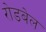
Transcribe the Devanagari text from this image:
रोडबेल